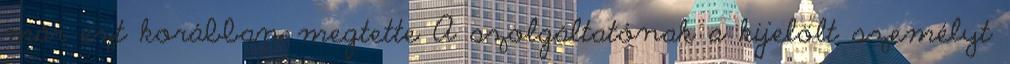
már ezt korábban megtette A szolgáltatónak a kijelölt személyt